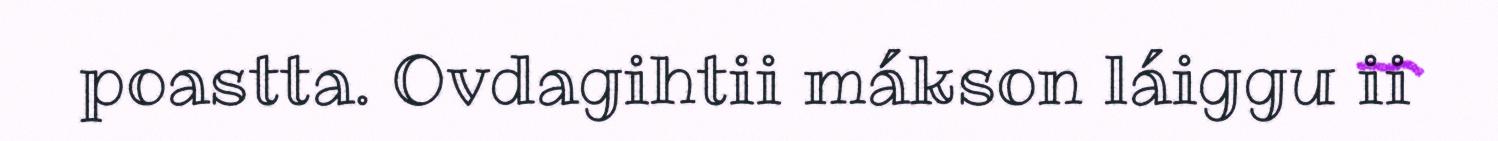
poastta. Ovdagihtii mákson láiggu ii